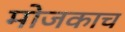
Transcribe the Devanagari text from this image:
मोजकाच